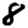
Digit: 8